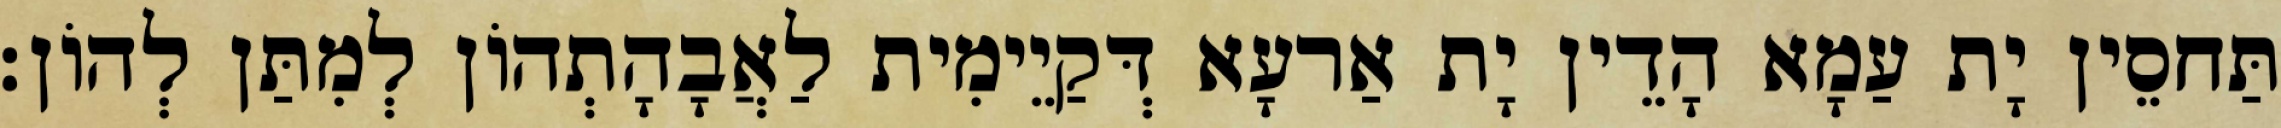
תַּחסֵין יָת עַמָא הָדֵין יָת אַרעָא דְּקַיֵימִית לַאֲבָהָתְהוֹן לְמִתַּן לְהוֹן׃